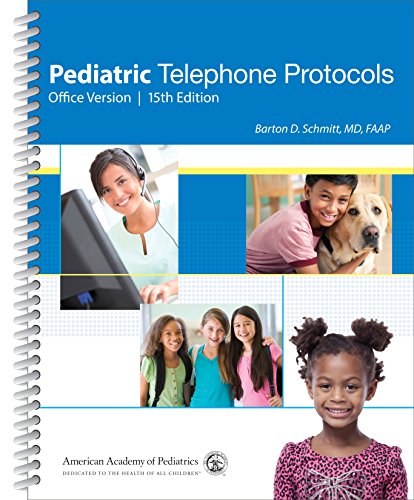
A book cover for Pediatric Telephone Protocols: Office Version; Barton D. Schmitt MD  FAAP; Medical Books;